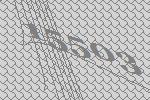
15503